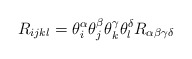
\begin{align*}R_{ijkl}=\theta^{\alpha}_{i}\theta^{\beta}_{j}\theta^{\gamma}_{k}\theta^{\delta}_{l} R_{\alpha\beta\gamma\delta}\end{align*}